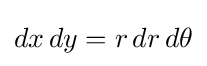
dx\,dy=r\,dr\,d\theta